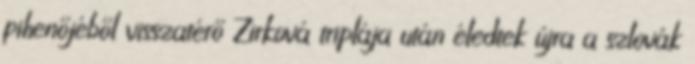
pihenőjéből visszatérő Zirková triplája után éledtek újra a szlovák